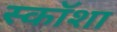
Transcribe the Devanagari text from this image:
स्कॉशा